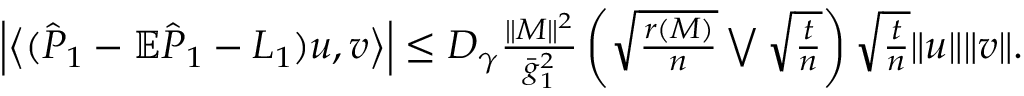
\begin{array} { r } { \left| \big \langle ( \hat { { \cal P } } _ { 1 } - \mathbb { E } \hat { { \cal P } } _ { 1 } - { \cal L } _ { 1 } ) u , v \big \rangle \right| \le D _ { \gamma } \frac { \| M \| ^ { 2 } } { \bar { g } _ { 1 } ^ { 2 } } \left( \sqrt { \frac { r ( M ) } { n } } \bigvee \sqrt { \frac { t } { n } } \right) \sqrt { \frac { t } { n } } \| u \| \| v \| . } \end{array}